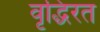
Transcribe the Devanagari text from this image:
वृद्धिरत